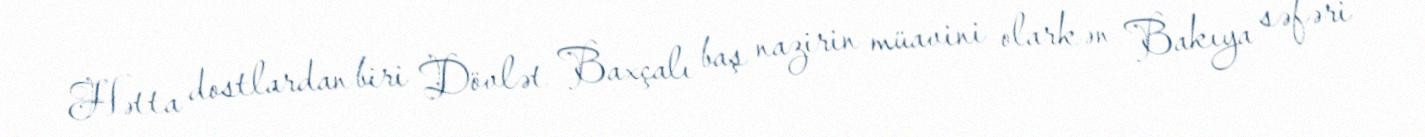
Hətta dostlardan biri Dövlət Baxçalı baş nazirin müavini olarkən Bakıya səfəri